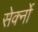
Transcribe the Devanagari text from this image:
सेर्क्नो